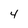
Character: 4